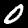
Digit: 0